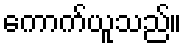
ကောက်ယူသည်။